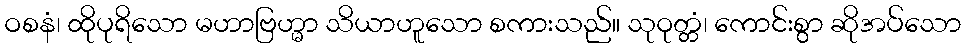
ဝစနံ၊ ထိုပုရိသော မဟာဗြဟ္မာ သိယာဟူသော စကားသည်။ သုဝုတ္တံ၊ ကောင်းစွာ ဆိုအပ်သော